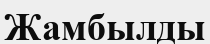
Жамбылды